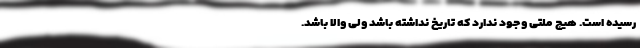
رسیده است. هیچ ملتی وجود ندارد که تاریخ نداشته باشد ولی والا باشد.